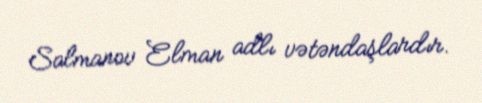
Salmanov Elman adlı vətəndaşlardır.